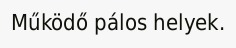
Működő pálos helyek.